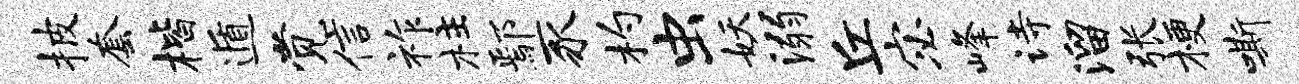
披套楷遁觉信祚柱鄢豕杓虫妖溺丘宓峰诗溜张梗嘶